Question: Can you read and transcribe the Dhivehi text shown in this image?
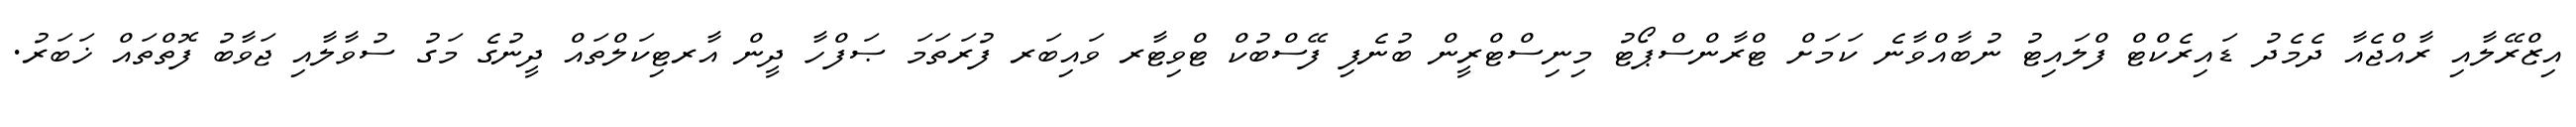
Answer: އިޒްރޭލާއި ރާއްޖެއާ ދެމެދު ޑައިރެކްޓް ފްލައިޓު ނުބާއްވާނެ ކަމަށް ޓްރާންސްޕޯޓު މިނިސްޓްރީން ބުނެފި ފޭސްބުކް ޓްވިޓާރ ވައިބަރ ފުރަތަމަ ޞަފްހާ ދީން އާރޓިކަލްތައް ދީނުގެ މަގު ސުވާލާއި ޖަވާބު ފޮތްތައް ޚަބަރު.